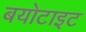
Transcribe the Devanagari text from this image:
बयोटाइट